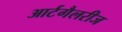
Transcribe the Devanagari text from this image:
आर्टगैलरीज